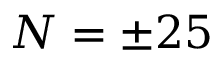
N = \pm 2 5